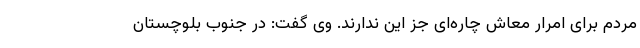
مردم برای امرار معاش چاره‌ای جز این ندارند. وی گفت: در جنوب بلوچستان